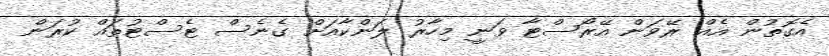
އެގޮތުން އެއް ރޭވަން އޭރޯސްޓާ ވަނީ މިހާރު ލަންކާއަށް ގެނެސް ޓެސްޓުތައް ކުރަން